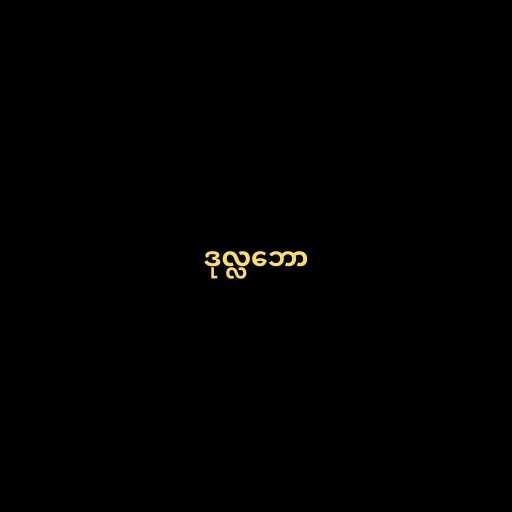
ဒုလ္လဘော